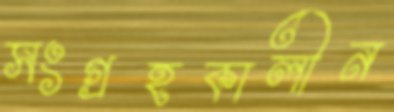
সংগ্রহকালীন